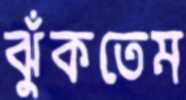
ঝুঁকতেম